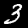
Label: 3